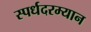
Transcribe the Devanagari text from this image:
स्पर्धदरम्यान